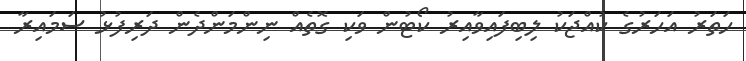
ހަތަރު އަހަރުގެ ކުއްޖަކު ލިބިފައިވާއިރު ކޯޓުން ވަކި ގޮތެއް ނިންމަންދެން ދަރިފުޅު ސަމައިރާ